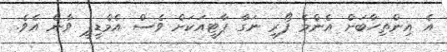
އެ އިންތިހާބަށް އެންމެ ފޯރި ނަގާ ޕާޓީއަކަށް ވެސް އެމްޑީޕީ ވާނެ އެވެ.